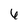
Character: 6